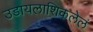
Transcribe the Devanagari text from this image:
उडायलाशिकलेलं